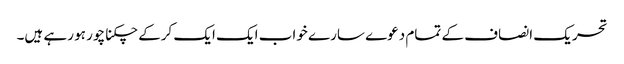
تحریک انصاف کے تمام دعوے سارے خواب ایک ایک کرکے چکنا چور ہو رہے ہیں۔